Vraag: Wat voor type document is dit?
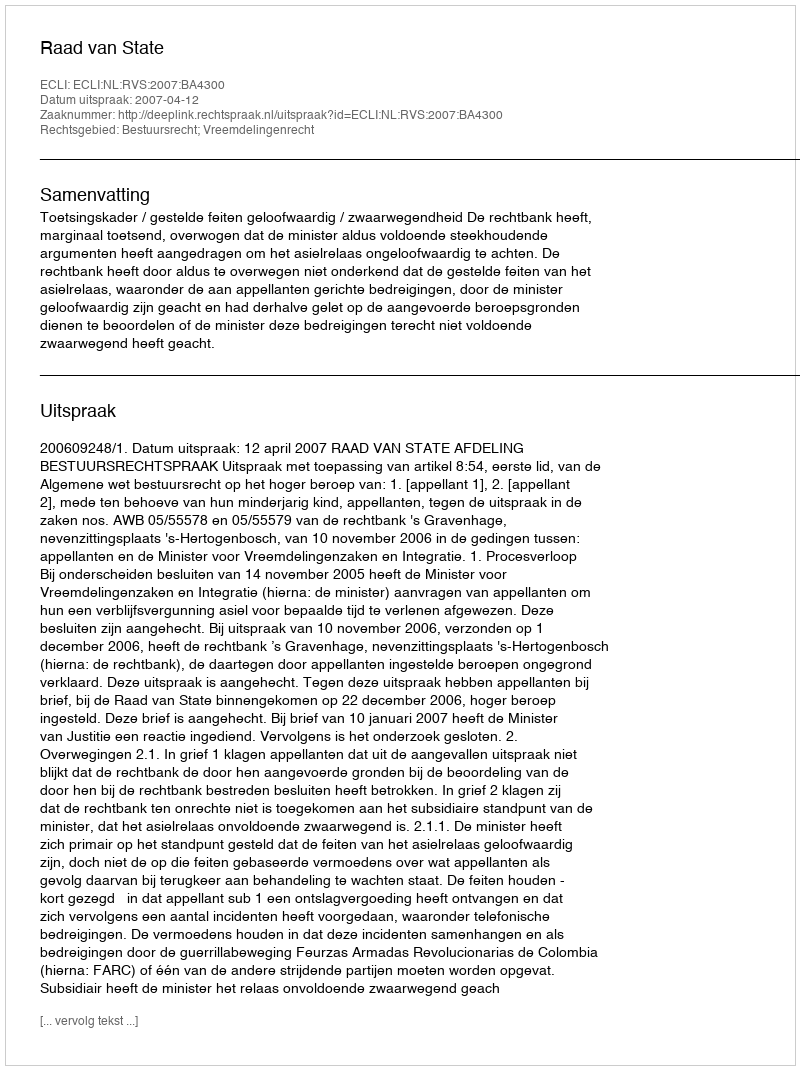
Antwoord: Uitspraak